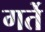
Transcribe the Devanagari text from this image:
गर्ते